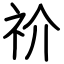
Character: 祄